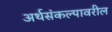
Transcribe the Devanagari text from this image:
अर्थसंकल्पावरील